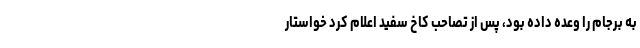
به برجام را وعده داده بود، پس از تصاحب کاخ سفید اعلام کرد خواستار